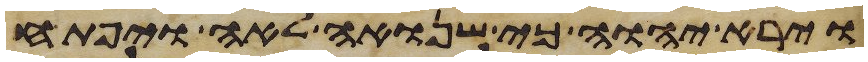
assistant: וירא יהוה כי שנואה לאה ויפתח